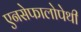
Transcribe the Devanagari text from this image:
एनसेफालोपेथी